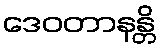
ဒေဝတာနန္တိ